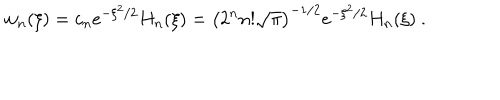
w _ { n } ( \xi ) = c _ { n } e ^ { - \xi ^ { 2 } / 2 } H _ { n } ( \xi ) = \left( 2 ^ { n } n ! \sqrt { \pi } \right) ^ { - 1 / 2 } e ^ { - \xi ^ { 2 } / 2 } H _ { n } ( \xi ) \ .